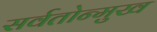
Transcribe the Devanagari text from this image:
सर्वतोन्मुख